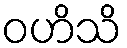
ဝဟိသိ